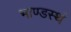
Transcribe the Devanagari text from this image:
भाण्डस्थं